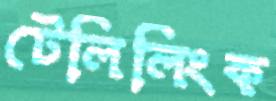
টেলিলিংক